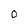
Character: O